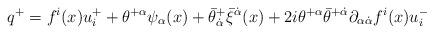
LaTeX: \begin{align*} q^+ = f^i(x)u^+_i +\theta^{+\alpha}\psi_\alpha(x) +\bar\theta^+_{\dot\alpha}\bar\xi^{\dot\alpha}(x) +2i\theta^{+\alpha}\bar\theta^{+\dot\alpha} \partial_{\alpha\dot\alpha}f^i(x)u^-_i\end{align*}